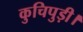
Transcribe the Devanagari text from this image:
कुचिपुड़ी।